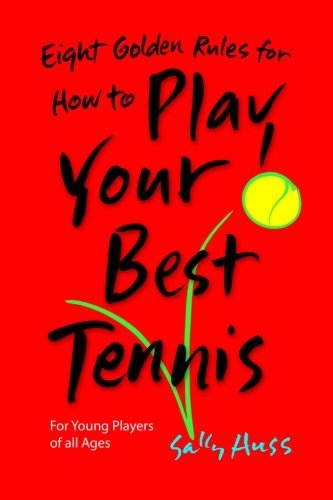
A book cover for Eight Golden Rules for How to Play Your Best Tennis; Sally Huss; Sports & Outdoors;